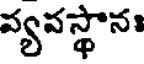
వ్యవస్థానః